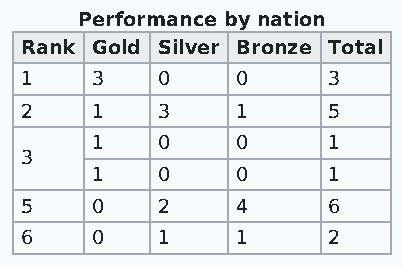
Performance by nation
 Rank Gold Silver Bronze Total
 1    3   0     0     3
 2    1   3     1     5
 1   0     0     1
 3
 1   0     0     1
 5    0   2     4     6
 6    0   1     1     2